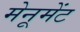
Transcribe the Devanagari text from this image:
मेनूमेंट